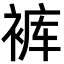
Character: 裤